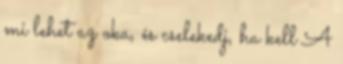
mi lehet az oka, és cselekedj, ha kell A